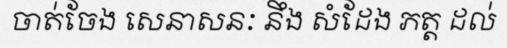
ចាត់ចែង សេនាសនៈ នឹង សំដែង ភត្ត ដល់